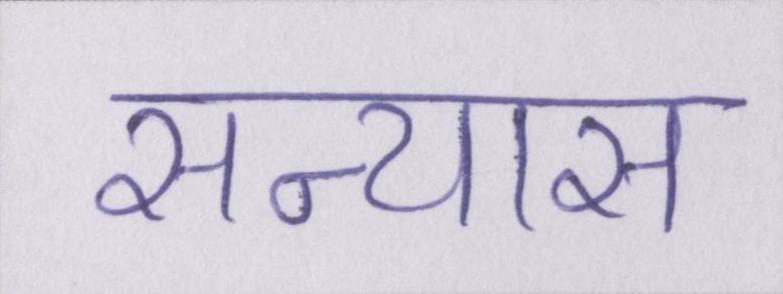
सन्यास